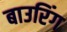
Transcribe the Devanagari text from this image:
बाउरिंग